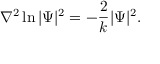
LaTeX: \nabla ^ { 2 } \ln | \Psi | ^ { 2 } = - \frac { 2 } { k } | \Psi | ^ { 2 } .